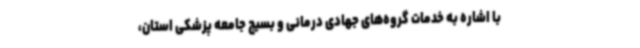
با اشاره به خدمات گروه‌های جهادی درمانی و بسیج جامعه پزشکی استان،